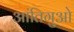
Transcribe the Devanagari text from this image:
आंतिगुओ